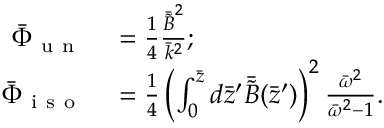
\begin{array} { r l } { \bar { \Phi } _ { \mathrm { ~ u ~ n ~ } } } & { { } = \frac { 1 } { 4 } \frac { \bar { \tilde { B } } ^ { 2 } } { \bar { k } ^ { 2 } } ; } \\ { \bar { \Phi } _ { \mathrm { ~ i ~ s ~ o ~ } } } & { { } = \frac { 1 } { 4 } \left( \int _ { 0 } ^ { \bar { z } } d \bar { z } ^ { \prime } \bar { \tilde { B } } ( \bar { z } ^ { \prime } ) \right) ^ { 2 } \frac { \bar { \omega } ^ { 2 } } { \bar { \omega } ^ { 2 } - 1 } . } \end{array}